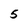
Character: 5